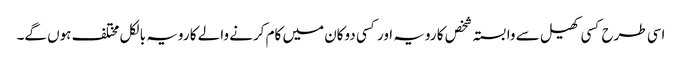
اسی طرح کسی کھیل سے وابستہ شخص کا رویہ اور کسی دوکان میں کام کرنے والے کا رویہ بالکل مختلف ہوں گے۔